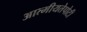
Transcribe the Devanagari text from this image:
आत्मीयतेपोटी